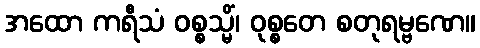
အထော ကရီသံ ဝစ္စသ္မိံ၊ ဝုစ္စတေ စတုရမ္ဗဏေ။